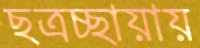
ছত্রচ্ছায়ায়